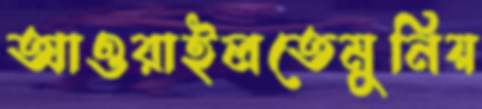
আওরাইলতেমুনিয়